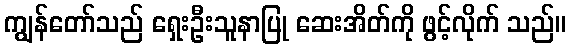
ကျွန်တော်သည် ရှေးဦးသူနာပြု ဆေးအိတ်ကို ဖွင့်လိုက် သည်။